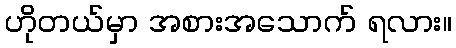
ဟိုတယ်မှာ အစားအသောက် ရလား။